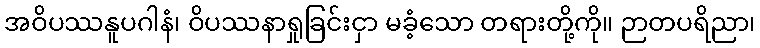
အဝိပဿနူပဂါနံ၊ ဝိပဿနာရှုခြင်းငှာ မခံ့သော တရားတို့ကို။ ဉာတပရိညာ၊